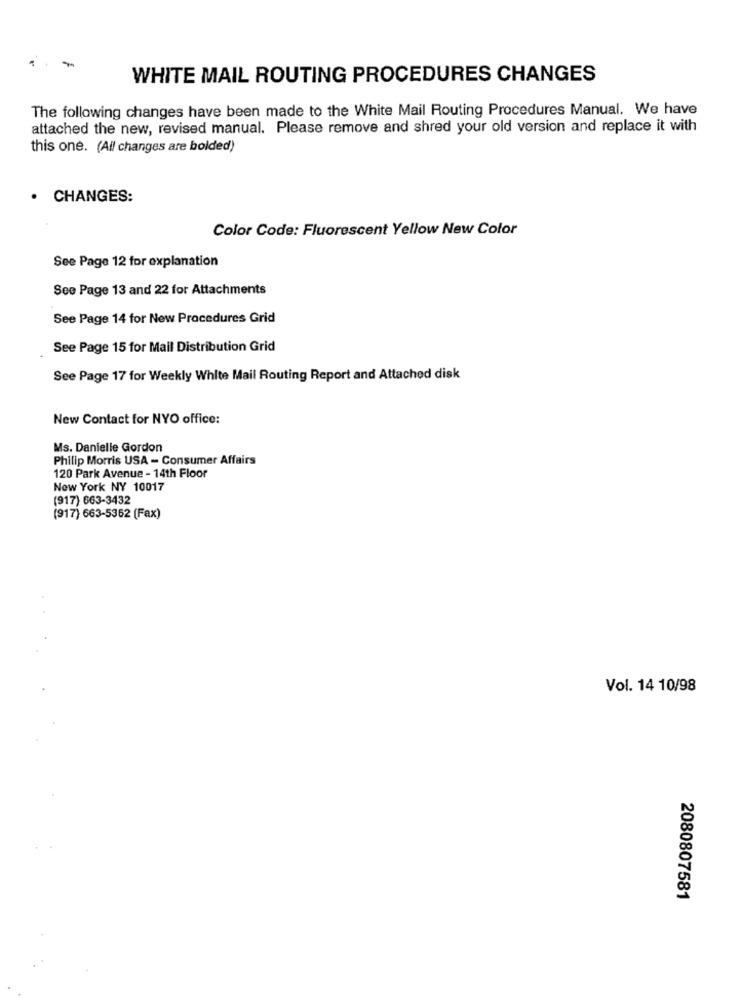
WHITE MAIL ROUTING PROCEDURES CHANGES
The following changes have been made to the White Mail Routing Procedures Manual. We have
attached the new, revised manual. Please remove and shred your old version and replace it with
this one. (All changes are bolded)
· CHANGES:
Color Code: Fluorescent Yellow New Color
See Page 12 for explanation
See Page 13 and 22 for Attachments
See Page 14 for New Procedures Grid
See Page 15 for Mail Distribution Grid
See Page 17 for Weekly White Mail Routing Report and Attached disk
New Contact for NYO office:
Ms. Danielle Gordon
Philip Morris USA - Consumer Affairs
120 Park Avenue - 14th Floor
New York NY 10017
(917) 663-3432
(917) 663-5362 (Fax)
Vol. 14 10/98
2080807581